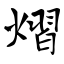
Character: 熠